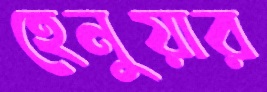
হেনুয়ার